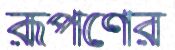
রূপণের